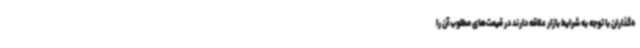
ه‌گذاران با توجه به شرایط بازار علاقه دارند در قیمت‌های مطلوب آن را